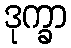
ဒုက္ခာ